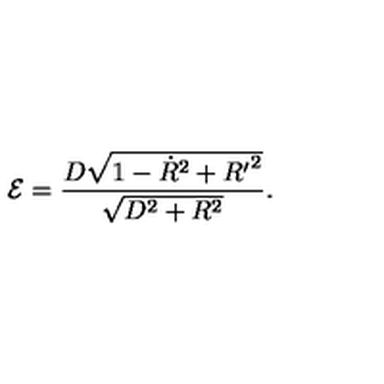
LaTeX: { \cal E } = \frac { D \sqrt { 1 - { \dot { R } } ^ { 2 } + { R ^ { \prime } } ^ { 2 } } } { \sqrt { D ^ { 2 } + R ^ { 2 } } } .